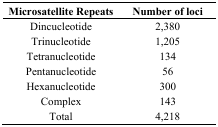
| Microsatellite Repeats | Number of loci |
 | --- | --- |
 | Dincucleotide | 2,380 |
 | Trinucleotide | 1,205 |
 | Tetranucleotide | 134 |
 | Pentanucleotide | 56 |
 | Hexanucleotide | 300 |
 | Complex | 143 |
 | Total | 4,218 |